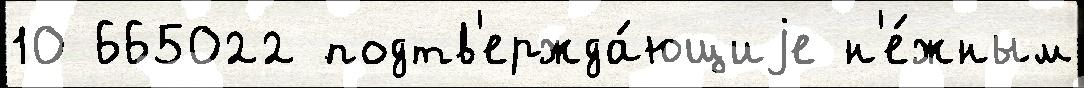
10 665022 подтв'ержда́ющиjе н'е́жным